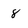
Character: 8